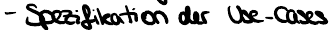
- Spezifikation der Use-Cases